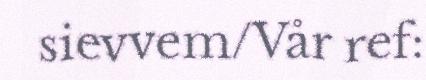
sievvem/Vår ref: